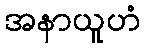
အနာယူဟံ